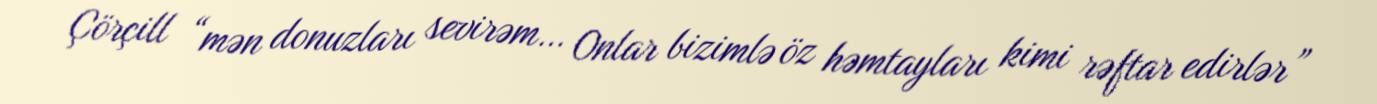
Çörçill “mən donuzları sevirəm… Onlar bizimlə öz həmtayları kimi rəftar edirlər”